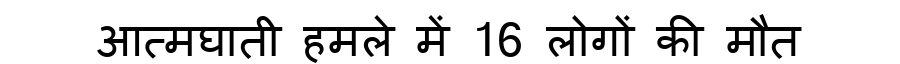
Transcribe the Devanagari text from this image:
आत्मघाती हमले में 16 लोगों की मौत